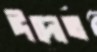
ঈদোত